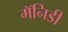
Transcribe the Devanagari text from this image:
मॅनिडी